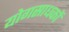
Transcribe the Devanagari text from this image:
योगसाधकों